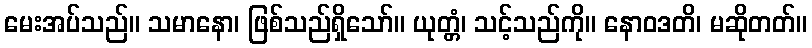
မေးအပ်သည်။ သမာနော၊ ဖြစ်သည်ရှိသော်။ ယုတ္တံ၊ သင့်သည်ကို။ နောဝဒတိ၊ မဆိုတတ်။